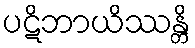
ပဋိဘာယိဿန္တိ